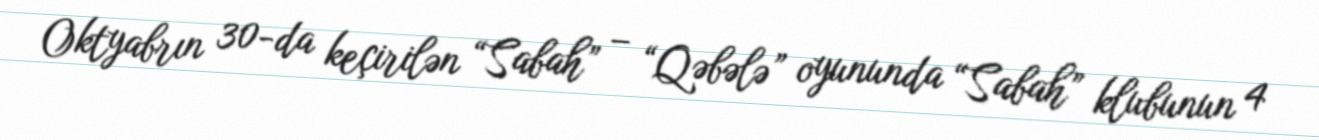
Oktyabrın 30-da keçirilən “Sabah” – “Qəbələ” oyununda “Sabah” klubunun 4